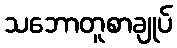
သဘောတူစာချုပ်